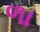
ળા